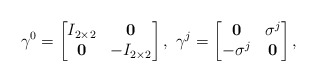
\begin{align*}\gamma^0 = \begin{bmatrix} I_{2\times2} & \mathbf0 \\ \mathbf0 & -I_{2\times2} \end{bmatrix}, \ \gamma^j = \begin{bmatrix} \mathbf 0 & \sigma^j \\ -\sigma^j & \mathbf0 \end{bmatrix},\end{align*}